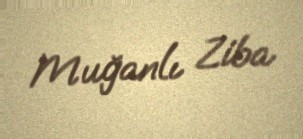
Muğanlı Ziba